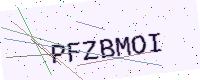
Text: PFZBMOI